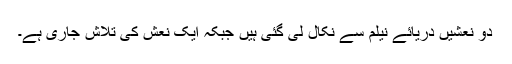
دو نعشیں دریائے نیلم سے نکال لی گئی ہیں جبکہ ایک نعش کی تلاش جاری ہے۔